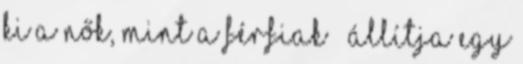
ki a nők, mint a férfiak – állítja egy